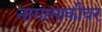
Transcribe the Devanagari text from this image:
नागासाकीवर